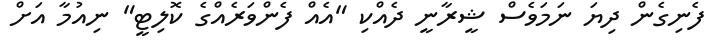
ފެނިގެން ދިޔަ ނަމަވެސް ޝީރާނީ ދެއްކި "އެއް ފެންވަރެއްގެ ކޮލިޓީ" ނިއުމާ އަށް